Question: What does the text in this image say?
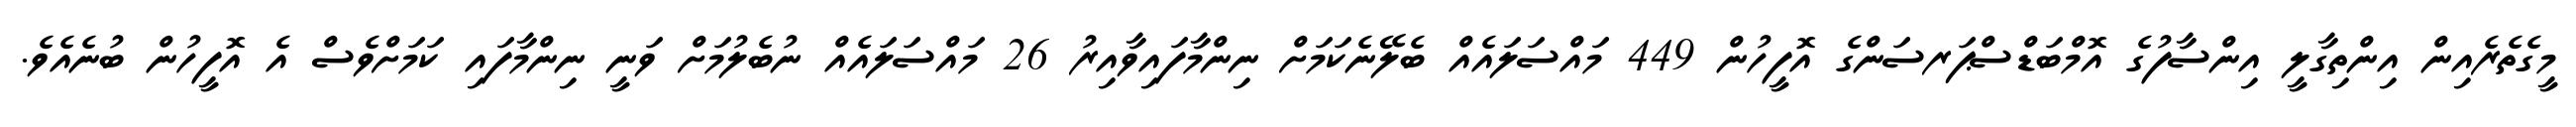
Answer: މީގެތެރެއިން އިންތިގާލީ އިންސާފުގެ އޮމްބަޑްސްޕަރސަންގެ އޮފީހުން 449 މައްސަލައެއް ބެލޭނެކަމަށް ނިންމާފައިވާއިރު 26 މައްސަލައެއް ނުބެލުމަށް ވަނީ ނިންމާފައި ކަމަށްވެސް އެ އޮފީހުން ބުނެއެވެ.